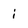
Character: i